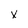
Character: x